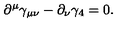
\partial ^ { \mu } \gamma _ { \mu \nu } - \partial _ { \nu } \gamma _ { 4 } = 0 .